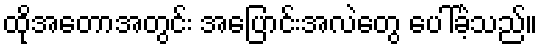
ထိုအတောအတွင်း အပြောင်းအလဲတွေ ပေါ်ခဲ့သည်။